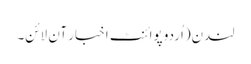
لندن(اُردو پوائنٹ اخبار آن لائن۔